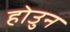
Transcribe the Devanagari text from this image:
होउुन